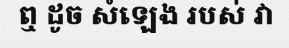
ឮ ដូច សំឡេង របស់ វា